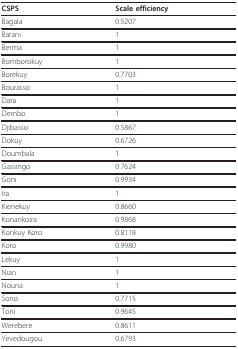
<table><thead><tr><td><b>CSPS</b></td><td><b>Scale efficiency</b></td></tr></thead><tbody><tr><td>Bagala</td><td>0.5207</td></tr><tr><td>Barani</td><td>1</td></tr><tr><td>Berma</td><td>1</td></tr><tr><td>Bomborokuy</td><td>1</td></tr><tr><td>Borekuy</td><td>0.7703</td></tr><tr><td>Bourasso</td><td>1</td></tr><tr><td>Dara</td><td>1</td></tr><tr><td>Dembo</td><td>1</td></tr><tr><td>Djibasso</td><td>0.5867</td></tr><tr><td>Dokuy</td><td>0.6726</td></tr><tr><td>Doumbala</td><td>1</td></tr><tr><td>Gassingo</td><td>0.7624</td></tr><tr><td>Goni</td><td>0.9934</td></tr><tr><td>Ira</td><td>1</td></tr><tr><td>Kienekuy</td><td>0.8660</td></tr><tr><td>Konankoira</td><td>0.9868</td></tr><tr><td>Konkuy Koro</td><td>0.8118</td></tr><tr><td>Koro</td><td>0.9980</td></tr><tr><td>Lekuy</td><td>1</td></tr><tr><td>Nian</td><td>1</td></tr><tr><td>Nouna</td><td>1</td></tr><tr><td>Sono</td><td>0.7715</td></tr><tr><td>Toni</td><td>0.9645</td></tr><tr><td>Werebere</td><td>0.8611</td></tr><tr><td>Yevedougou</td><td>0.6793</td></tr></tbody></table>